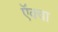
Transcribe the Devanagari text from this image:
ऍक्वा